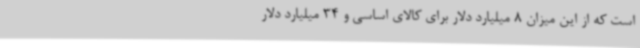
است که از این میزان 8 میلیارد دلار برای کالای اساسی و 34 میلیارد دلار